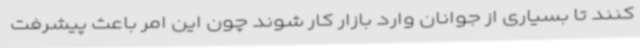
کنند تا بسیاری از جوانان وارد بازار کار شوند چون این امر باعث پیشرفت